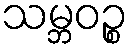
သမ္ဘဝဉ္စ